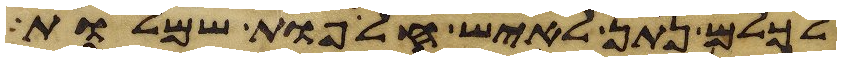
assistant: לכלם נתן לאיש חליפות שמלות